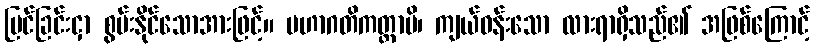
မြင်ခြင်းငှာ စွမ်းနိုင်သောအားဖြင့်။ မဟာဂတိကတ္တာပိ၊ ကျယ်ဝန်းသော လားရာရှိသည်၏ အဖြစ်ကြောင့်